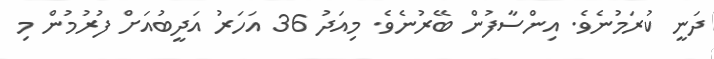
ދަނީ ކުރަމުނެވެ. އިންސާފުން ބޭރުނެވެ. މިއަދު 36 އަހަރު އަދީބުއަށް ފުރުމުން މި